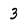
Character: 3